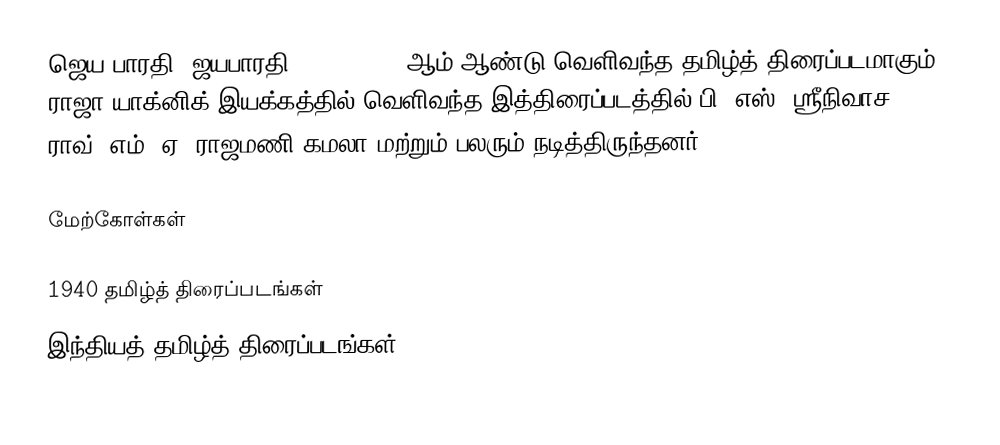
ஜெய பாரதி (ஜயபாரதி) 22.03.1940 ஆம் ஆண்டு வெளிவந்த தமிழ்த் திரைப்படமாகும். ராஜா யாக்னிக் இயக்கத்தில் வெளிவந்த இத்திரைப்படத்தில் பி. எஸ். ஸ்ரீநிவாச ராவ், எம். ஏ. ராஜமணி கமலா மற்றும் பலரும் நடித்திருந்தனர்.

மேற்கோள்கள்

1940 தமிழ்த் திரைப்படங்கள்
இந்தியத் தமிழ்த் திரைப்படங்கள்